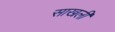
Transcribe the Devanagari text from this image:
साखली